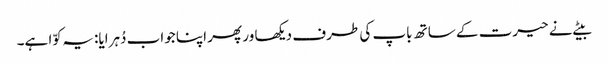
بیٹے نے حیرت کے ساتھ باپ کی طرف دیکھا ور پھر اپنا جواب دُہرایا: یہ کوّا ہے۔